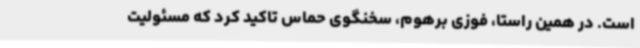
است. در همین راستا، فوزی برهوم، سخنگوی حماس تاکید کرد که مسئولیت